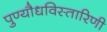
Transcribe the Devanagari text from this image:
पुण्यौधविस्तारिणी